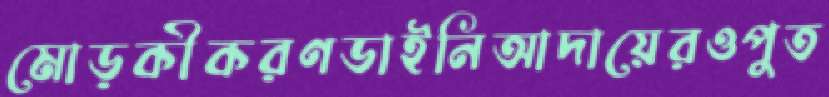
মোড়কীকরণডাইনিআদায়েরওপুত